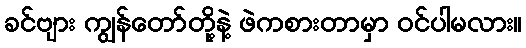
ခင်ဗျား ကျွန်တော်တို့နဲ့ ဖဲကစားတာမှာ ဝင်ပါမလား။